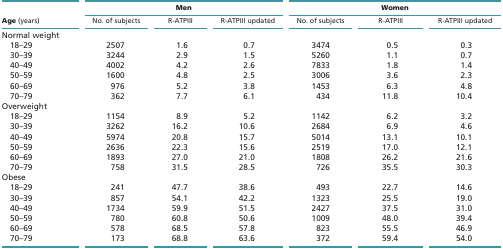
|  | <COLSPAN=3> Men | <COLSPAN=3> Women |
 | Age (years) | No. of subjects | R-ATPIII | R-ATPIII updated | No. of subjects | R-ATPIII | R-ATPIII updated |
 | --- | --- | --- | --- | --- | --- | --- |
 | Normal weight |  |  |  |  |  |  |
 | 18–29 | 2507 | 1.6 | 0.7 | 3474 | 0.5 | 0.3 |
 | 30–39 | 3244 | 2.9 | 1.5 | 5260 | 1.1 | 0.7 |
 | 40–49 | 4002 | 4.2 | 2.6 | 7833 | 1.8 | 1.4 |
 | 50–59 | 1600 | 4.8 | 2.5 | 3006 | 3.6 | 2.3 |
 | 60–69 | 976 | 5.2 | 3.8 | 1453 | 6.3 | 4.8 |
 | 70–79 | 362 | 7.7 | 6.1 | 434 | 11.8 | 10.4 |
 | Overweight |  |  |  |  |  |  |
 | 18–29 | 1154 | 8.9 | 5.2 | 1142 | 6.2 | 3.2 |
 | 30–39 | 3262 | 16.2 | 10.6 | 2684 | 6.9 | 4.6 |
 | 40–49 | 5974 | 20.8 | 15.7 | 5014 | 13.1 | 10.1 |
 | 50–59 | 2636 | 22.3 | 15.6 | 2519 | 17.0 | 12.1 |
 | 60–69 | 1893 | 27.0 | 21.0 | 1808 | 26.2 | 21.6 |
 | 70–79 | 758 | 31.5 | 28.5 | 726 | 35.5 | 30.3 |
 | Obese |  |  |  |  |  |  |
 | 18–29 | 241 | 47.7 | 38.6 | 493 | 22.7 | 14.6 |
 | 30–39 | 857 | 54.1 | 42.2 | 1323 | 25.5 | 19.0 |
 | 40–49 | 1734 | 59.9 | 51.5 | 2427 | 37.5 | 31.0 |
 | 50–59 | 780 | 60.8 | 50.6 | 1009 | 48.0 | 39.4 |
 | 60–69 | 578 | 68.5 | 57.8 | 823 | 55.5 | 46.9 |
 | 70–79 | 173 | 68.8 | 63.6 | 372 | 59.4 | 54.0 |